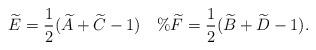
LaTeX: \begin{align*}\widetilde{E}=\frac{1}{2}(\widetilde{A}+\widetilde{C}-1)\ \ \ \% \widetilde{F}=\frac{1}{2}(\widetilde{B}+\widetilde{D}-1).\end{align*}